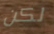
لكن